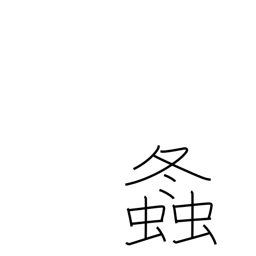
Meaning: grasshopper